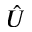
\hat { U }